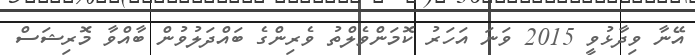
އޭނާ ވިދާޅުވީ 2015 ވަނަ އަހަރު ކޮމަންވެލްތު ވެރިންގެ ބައްދަލުވުން ބާއްވާ މޮރިޝަސް